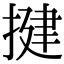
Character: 揵